Report on vaccination in Madras 1904-1921 - 1904-1921
Year: 1904
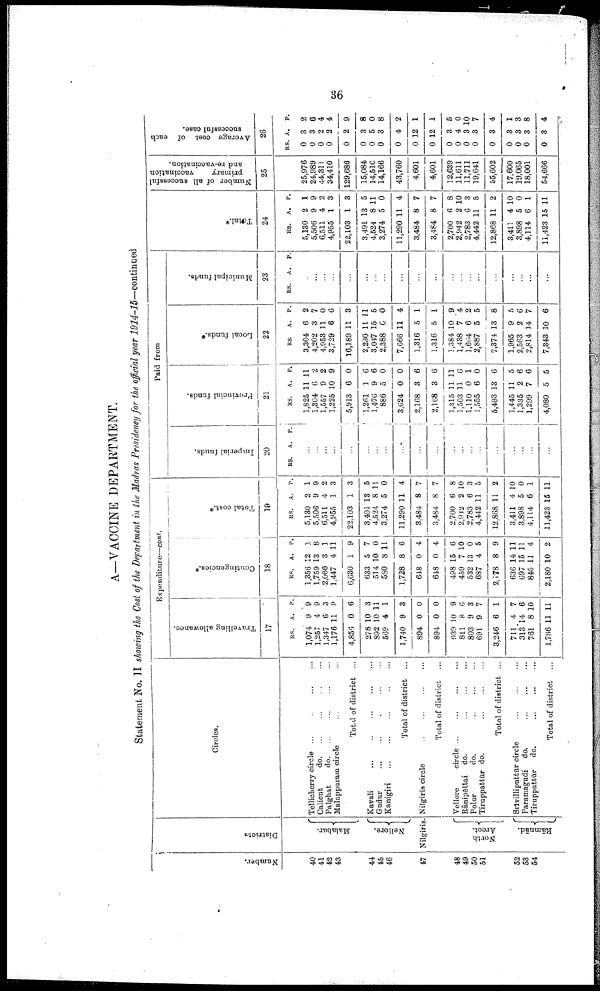
36
A—VACCINE DEPARTMENT.
Statement No. II showing the Cost of the Department in the Madras Presidency for the official year 1914-15—continued
Number.
40
41
42
43
44
45
46
47
48
49
50
51
52
53
54
Districts
Malabar.
Nellore.
Nilgiris.
North
Arcot.
Rāmnād.
Circles.
Tellicherry circle ...
...
...
...
Calicut
do. ... ... ... ...
Palghat
do. ... ... ... ...
Malappuram circle ... ... ...
Toyal of district ...
Kavali
...
...
...
...
...
Gudur ... ... ... ... ...
Kanigiri
...
...
...
...
...
Total of district ...
Nilgiris circle ... ... ... ...
Total of district ...
Vellore
circle
...
...
...
...
Rānipēttai do.
...
...
...
...
Polur
do.
...
...
...
Tiruppattūr do.
...
...
...
Total of district ...
Srīvilliputtūr circle
...
...
...
Paramagudi
do.
...
...
...
Tiruppattūr
do.
...
...
...
Total of district ...
Expenditure—cont.
Travelling allowance.
17
RS.
1,074
1,257
1,347
1,176
4,856
278
892
569
1,740
894
894
939
811
803
691
3,246
711
313
761
1,786
A.
9
4
6
11
0
10
10
4
9
0
0
10
8
9
9
6
4
14
8
11
P.
9
9
3
9
6
3
11
1
3
0
0
9
6
3
7
1
7
6
10
11
Contingencies.*
18
RS.
1,356
1,759
2,066
1,447
6,630
633
514
580
1,728
648
648
498
459
532
687
2,178
636
697
845
2,180
A.
12
13
3
4
1
5
10
8
8
0
0
15
7
13
4
8
14
15
11
10
P.
1
8
1
11
9
7
0
11
6
4
4
6
10
0
5
9
11
11
4
2
Total cost.*
19
RS.
5,130
5,506
6,511
4,955
22,103
3,491
4,524
3,274
11,290
3,484
3,484
2,700
2,942
2,783
4,442
12,868
3,411
3,898
4,114
11,423
A.
2
9
4
1
1
13
8
5
11
8
8
6
2
6
11
11
4
5
6
15
P.
1
9
2
3
3
5
11
0
4
7
7
8
10
3
5
2
10
0
1
11
Paid from
Imperial funds.
20
RS. A. P.
...
...
...
...
...
...
...
...
...
...
...
...
...
...
...
...
...
...
...
...
Provincial funds.
21
RS.
1,825
1,304
1,557
1,225
5,913
1,261
1,476
886
3,624
2,168
2,168
1,315
1,503
1,110
1,555
5,493
1,445
1,335
1,299
4,080
A.
11
6
9
10
6
1
9
0
0
3
3
11
11
0
6
13
11
2
7
5
P.
11
2
2
9
0
6
6
0
0
6
6
11
6
1
0
6
5
6
6
5
Local funds.*
22
RS.
3,304
4,202
4,953
3,729
16,189
2,230
3,047
2,388
7,666
1,316
1,316
1,384
1,438
l,664
2,887
7,374
1,965
2,563
2,814
7,343
A.
6
3
11
6
11
11
15
0
11
5
5
10
7
6
5
13
9
2
14
10
P.
2
7
0
6
3
11
5
0
4
1
1
9
4
2
5
8
5
6
7
6
Municipal funds.
23
RS. A. P.
...
...
...
...
...
...
...
...
...
...
...
...
...
...
...
...
...
...
...
...
Total.*
24
RS.
5,130
5,506
6,511
4,955
22,103
3,491
4,524
3,274
11,290
3,484
3,484
2,700
2,942
2,783
4,442
12,868
3,411
3,898
4,114
11,423
A.
2
9
4
1
1
13
8
5
11
8
8
6
2
6
11
11
4
5
6
15
P.
1
9
2
3
3
5
11
0
4
7
7
8
10
3
5
2
10
0
1
11
Number of all successful
primary
vaccination
and re-vaccination.
25
25,976
24,989
44,311
34,410
129,686
15,084
14,510
14,166
43,760
4,601
4,601
12,639
11,611
11,711
19,641
55,602
17,600
19,065
18,001
54,666
Average cost of each
successful case.
26
RS.
0
0
0
0
0
0
0
0
0
0
0
0
0
0
0
0
0
0
0
0
A.
3
3
2
2
2
3
5
3
4
12
12
3
4
3
3
3
3
3
3
3
P.
2
6
4
4
9
8
0
8
2
1
1
5
0
10
7
4
1
3
8
4